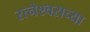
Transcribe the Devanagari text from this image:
रत्नेश्वराच्या